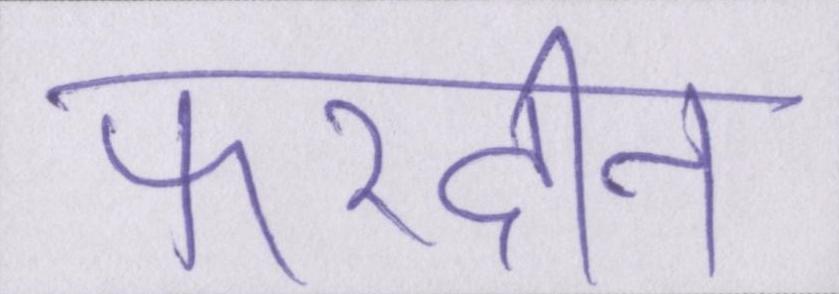
फरदीन